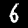
Label: 6